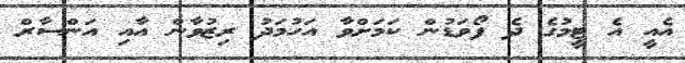
އެއީ އެ ޓީމުގެ ދެ ފޯވަޑުން ކަމަށްވާ އަހުމަދު ރިޒުވާން އާއި އަންސާރް